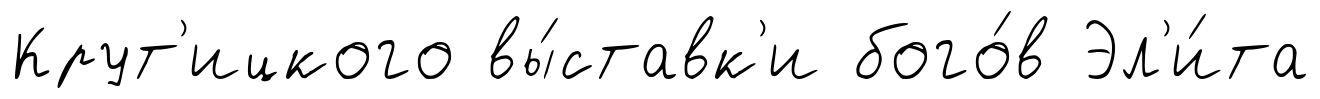
Крут'ицкого вы́ставк'и бого́в Эл'и́та